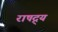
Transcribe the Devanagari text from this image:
राषद्र्य